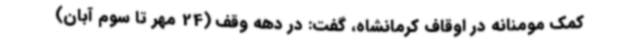
کمک مومنانه در اوقاف کرمانشاه، گفت: در دهه وقف (24 مهر تا سوم آبان)